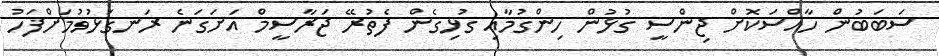
ސަބަބުން ހާއްސަކޮށް ޖިންސީ ގުޅުން ހިންގުމާއި ގުޅިގެން ފެތުރޭ ޖަރާސީމް އަށަގަނެ ރަނގަޅުވުމަށްފަހު